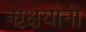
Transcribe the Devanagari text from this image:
ऋक्षयोनी